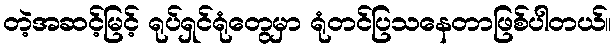
တဲ့အဆင့်မြင့် ရုပ်ရှင်ရုံတွေမှာ ရုံတင်ပြသနေတာဖြစ်ပါတယ်။